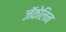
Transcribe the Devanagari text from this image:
जॅकेलिन